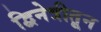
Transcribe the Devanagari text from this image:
द्विनेत्रीतून